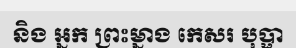
និង អ្នក ព្រះម្នាង កេសរ បុប្ផា